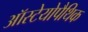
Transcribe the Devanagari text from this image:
ऑस्टेयोपैथिक